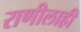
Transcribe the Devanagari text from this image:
राणीलाही